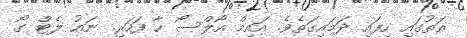
އަތުގައި ހިފައި ދަމައިގަތެވެ. އައިމް އޯލްސޯ ހާ ފަހަރި. ނައު ލެޓް ގޯ